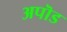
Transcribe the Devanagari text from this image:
अपॊड